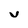
Character: v